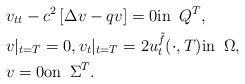
LaTeX: \begin{align*}& v_{tt}-c^2\,[\Delta v-qv]=0 \mbox{in }\, Q^T, \\& v|_{t=T}=0, v_t|_{t=T}=2u_t^{\tilde f}(\cdot ,T) \mbox{in }\, \Omega ,\\& v=0 \mbox{on }\, \Sigma^T.\end{align*}